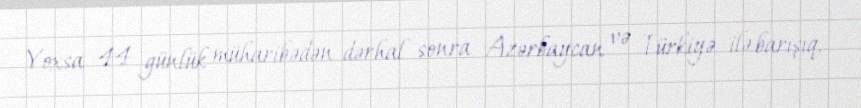
Yoxsa 44 günlük müharibədən dərhal sonra Azərbaycan və Türkiyə ilə barışıq,